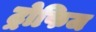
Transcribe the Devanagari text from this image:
ट्रोफिज